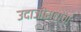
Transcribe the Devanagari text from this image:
उदाजीरावांचा